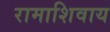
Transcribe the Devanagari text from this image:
रामाशिवाय